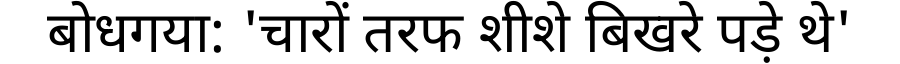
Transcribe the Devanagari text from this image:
बोधगया: 'चारों तरफ शीशे बिखरे पड़े थे'